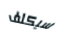
سيكلف